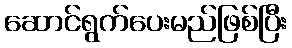
ဆောင်ရွက်ပေးမည်ဖြစ်ပြီး